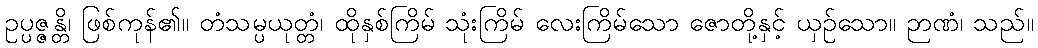
ဥပ္ပဇ္ဇန္တိ၊ ဖြစ်ကုန်၏။ တံသမ္ပယုတ္တံ၊ ထိုနှစ်ကြိမ် သုံးကြိမ် လေးကြိမ်သော ဇောတို့နှင့် ယှဉ်သော။ ဉာဏံ၊ သည်။